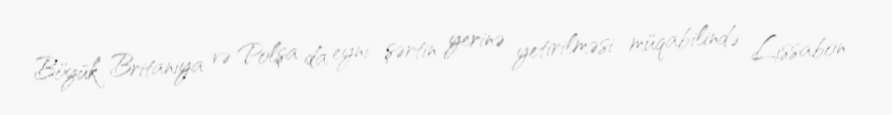
Böyük Britaniya və Polşa da eyni şərtin yerinə yetirilməsi müqabilində Lissabon